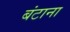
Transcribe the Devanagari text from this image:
बंटाना